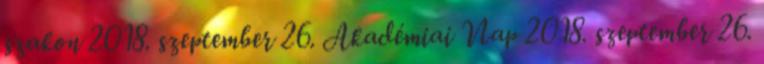
szakon 2018. szeptember 26. Akadémiai Nap 2018. szeptember 26.